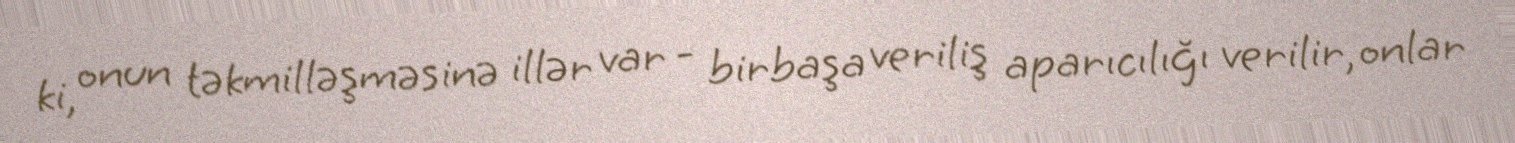
ki, onun təkmilləşməsinə illər var - birbaşa veriliş aparıcılığı verilir, onlar